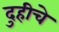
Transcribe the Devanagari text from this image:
दुहीचे